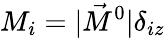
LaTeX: M_{i}=|\vec{M}^{0}|\delta_{iz}